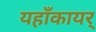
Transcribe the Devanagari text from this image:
यहाँकायर्